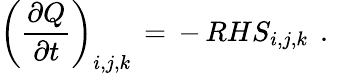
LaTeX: \left(\frac{\partial Q}{\partial t}\right)_{i,j,k}\, =\, -\, RHS_{i,j,k}\, \mathrm{~.~}